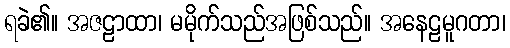
ရခဲ၏။ အဇဠာထာ၊ မမိုက်သည်အဖြစ်သည်။ အနေဠမူဂတာ၊